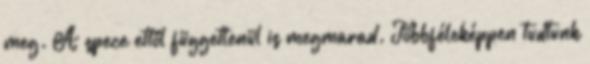
meg. A spece ettől függetlenül is megmarad. Többféleképpen tudtunk